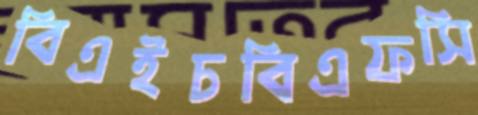
বিএইচবিএফসি